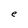
Character: e